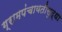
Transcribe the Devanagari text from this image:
ग्रामपंचायतीसुद्धा